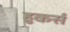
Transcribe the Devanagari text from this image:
हुकर्स